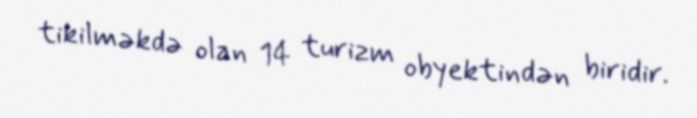
tikilməkdə olan 14 turizm obyektindən biridir.